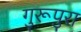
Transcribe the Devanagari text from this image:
गुरूपुरा